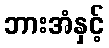
ဘားအံနှင့်